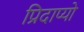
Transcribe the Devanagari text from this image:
प्रिदाप्यो